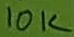
Text: 10K